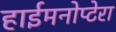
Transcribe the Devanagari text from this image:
हाईमनोप्टेरा